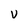
Character: V